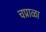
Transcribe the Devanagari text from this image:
चप्राळा